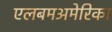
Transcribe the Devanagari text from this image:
एलबमअमेरिका